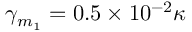
\gamma _ { m _ { 1 } } = 0 . 5 \times 1 0 ^ { - 2 } \kappa